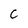
Character: C